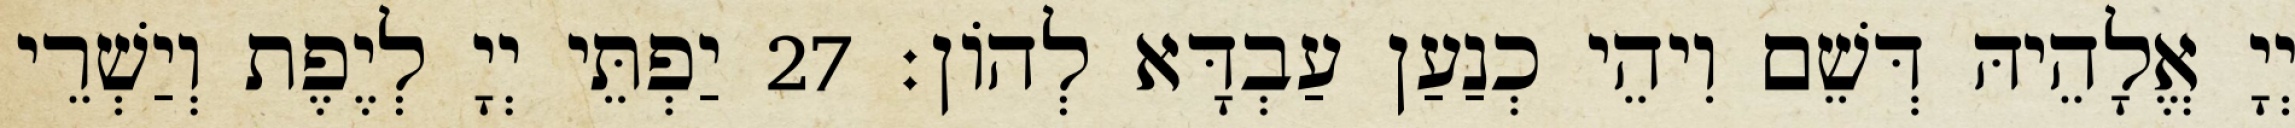
יְיָ אֱלָהֵיהּ דְּשֵׁם וִיהֵי כְנַעַן עַבְדָּא לְהוֹן׃ 27 יַפְתֵּי יְיָ לְיֶפֶת וְיַשְׁרֵי